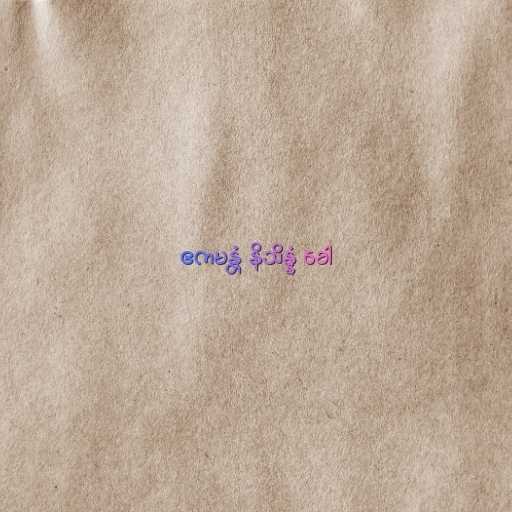
ဧကမန္တံ နိသိန္နံ ခေါ